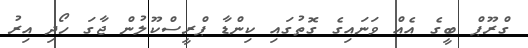
ގްރޫޕް ބީގެ އެއް ވަނައިގެ ގޮތުގައި ކިންޑާ ޕްރީސްކޫލުން ޖާގަ ހޯދި އިރު